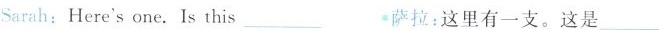
Sarah:Here'sone.Is this___ 萨拉:这里有一支。这是 ___